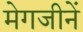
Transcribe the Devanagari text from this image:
मेगजीनें